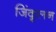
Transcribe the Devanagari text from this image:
जिंकूलन